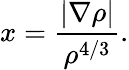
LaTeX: x=\frac{|\nabla\rho|}{\rho^{4/3}}.